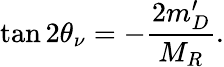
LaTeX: \tan 2\theta_{\nu}=-{\frac{2m_{D}^{\prime}}{M_{R}}}.